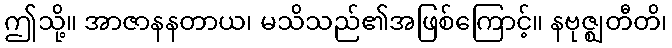
ဤသို့။ အာဇာနနတာယ၊ မသိသည်၏အဖြစ်ကြောင့်။ နဗုဇ္ဈတီတိ၊